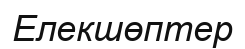
Елекшөптер